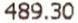
489.30